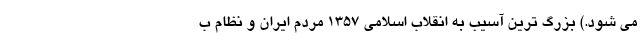
می شود.) بزرگ ترین آسیب به انقلاب اسلامی 1357 مردم ایران و نظام ب